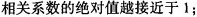
相关系数的绝对值越接近于1；